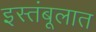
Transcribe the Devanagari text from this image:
इस्तंबूलात